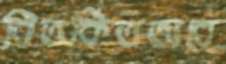
বিতর্কিতভাবে